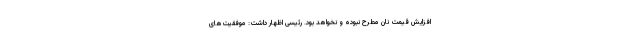
افزایش قیمت نان مطرح نبوده و نخواهد بود. رئیسی اظهار داشت: موفقیت‌های